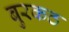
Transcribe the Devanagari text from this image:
बुरकठ